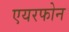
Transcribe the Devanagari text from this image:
एयरफोन